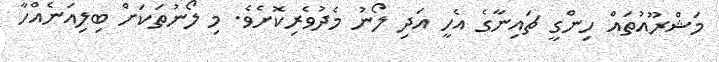
މަޝްރޫއުތައް ހިންގީ ޗައިނާގެ އެހީ އަދި ލޯނު މެދުވެރިކޮށެވެ. މި ލޯނުތަކަށް ބިލިއަނެއްހާ